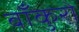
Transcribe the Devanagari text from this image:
बाँकुरो